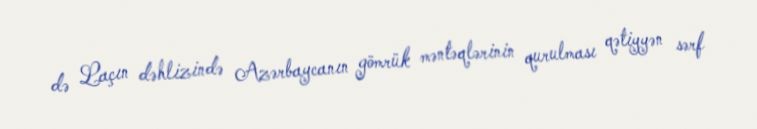
də Laçın dəhlizində Azərbaycanın gömrük məntəqlərinin qurulması qətiyyən sərf